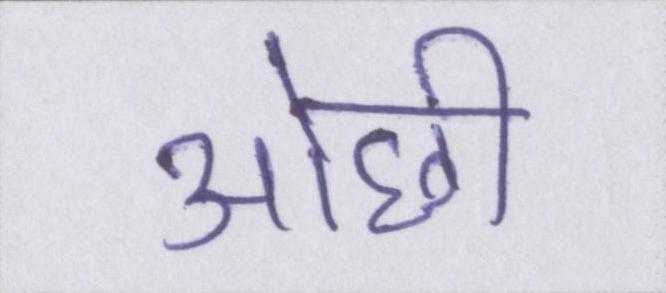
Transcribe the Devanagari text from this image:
ओछी